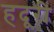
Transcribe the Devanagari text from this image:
हदूरी